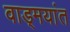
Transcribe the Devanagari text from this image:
वाड्मयांत